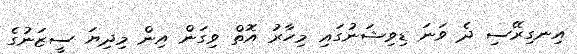
އިނގިރޭސި ދެ ވަނަ ޑިވިޝަނުގައި މިހާރު އޮތް ވިގަން އިން މިދިޔަ ސީޒަނުގެ